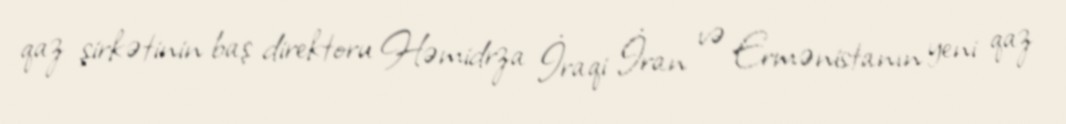
qaz şirkətinin baş direktoru Həmidrza İraqi İran və Ermənistanın yeni qaz